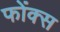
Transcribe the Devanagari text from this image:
फोंक्स